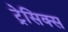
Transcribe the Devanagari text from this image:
ट्रेसिक्स